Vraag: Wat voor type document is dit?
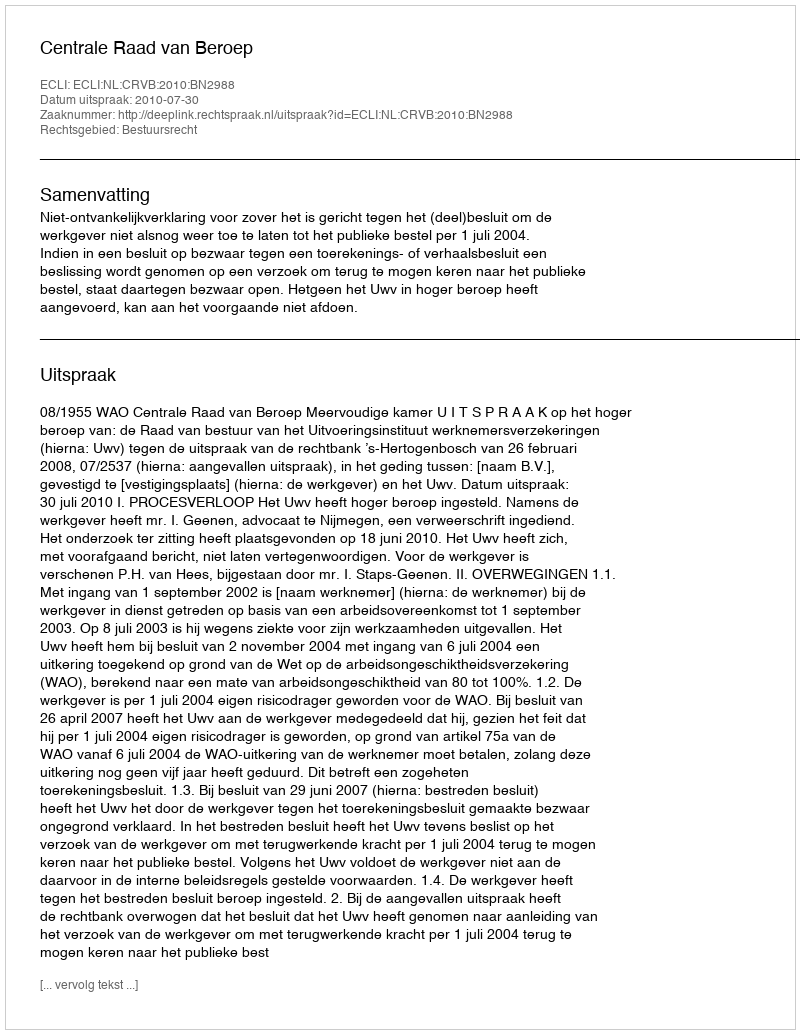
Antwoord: Uitspraak